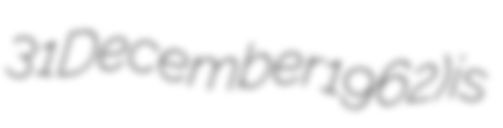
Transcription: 31 December 1962) is